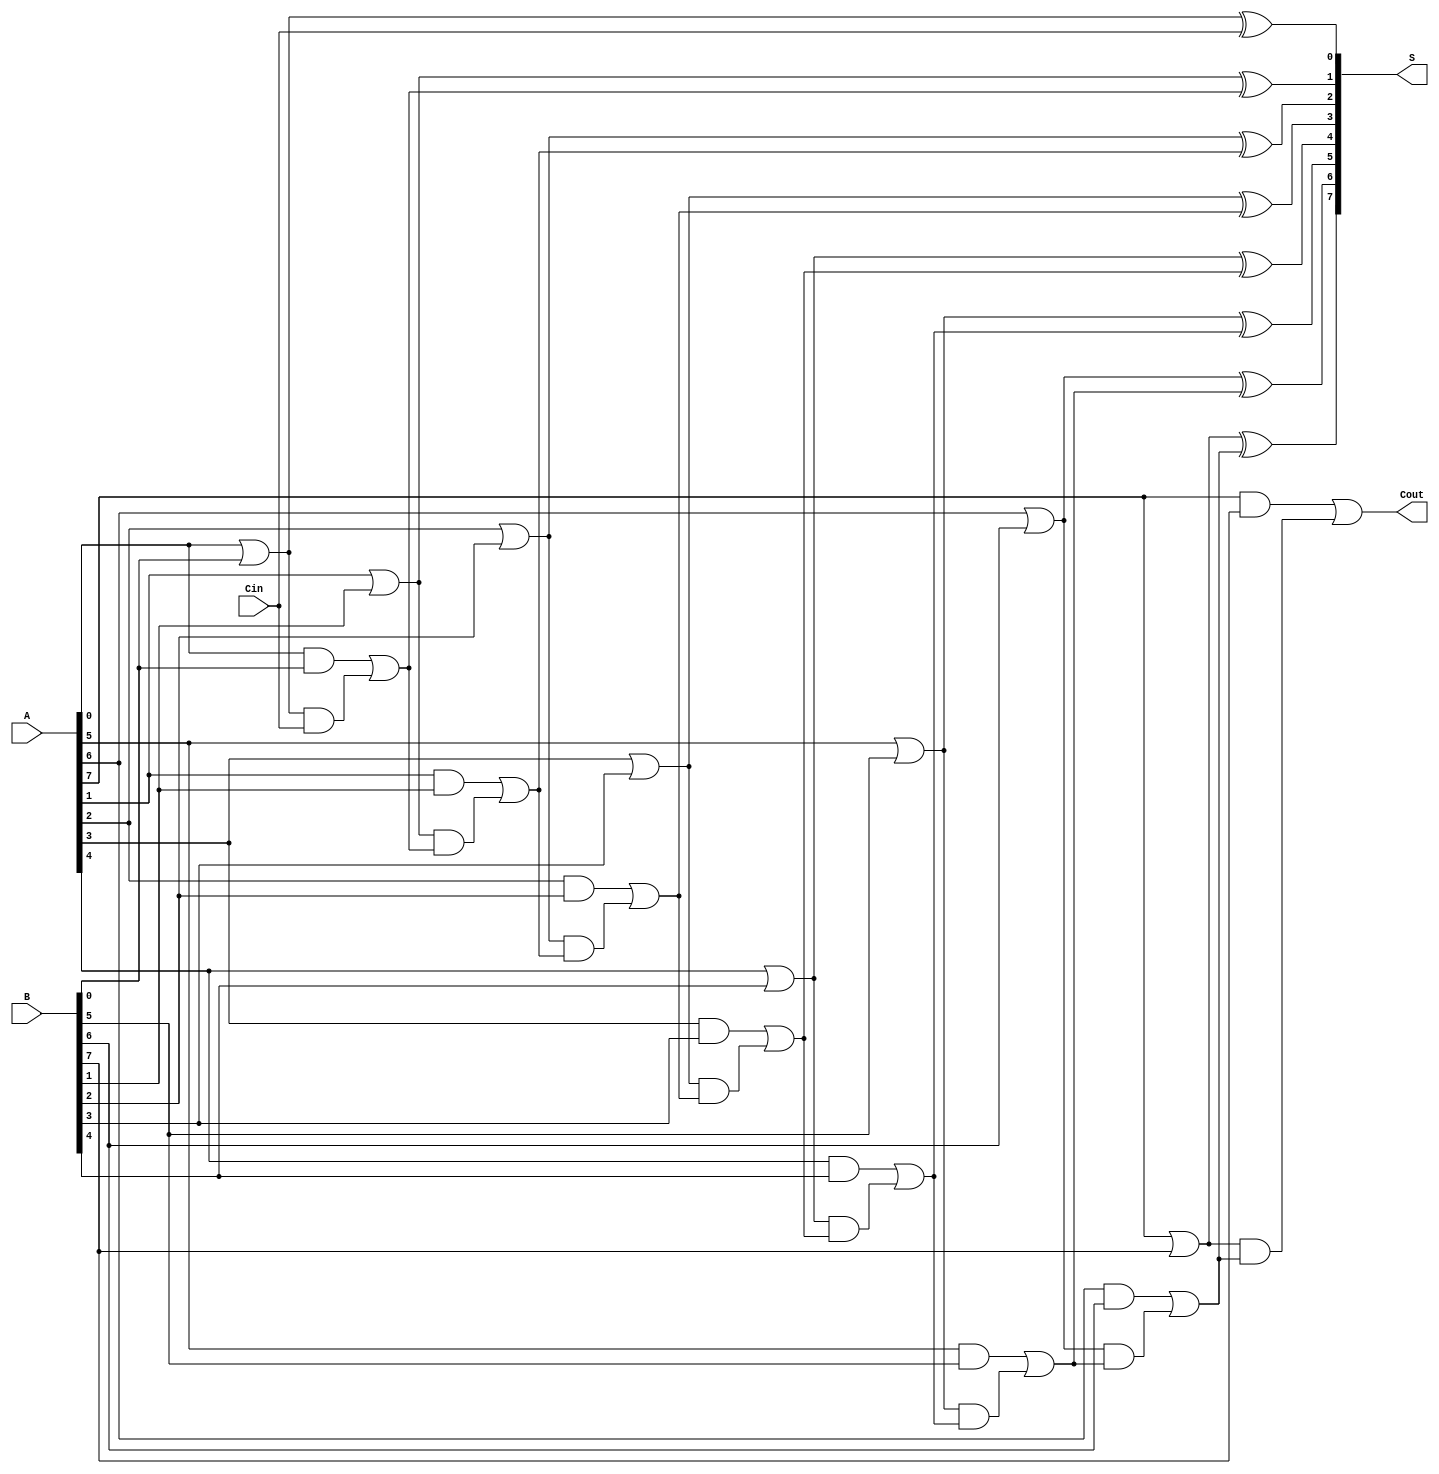
module Parallel_Prefix_Adder #(parameter N = 8) (
    input  wire [N-1:0] A,      // First n-bit input
    input  wire [N-1:0] B,      // Second n-bit input
    input  wire Cin,             // Carry input
    output wire [N-1:0] S,       // Sum output
    output wire Cout             // Carry output
);

    // Generate and Propagate signals
    wire [N-1:0] G; // Generate
    wire [N-1:0] P; // Propagate
    wire [N:0] C;    // Carry signals

    genvar i;
    generate
        for (i = 0; i < N; i = i + 1) begin : gen_prop
            assign G[i] = A[i] & B[i]; // Generate
            assign P[i] = A[i] | B[i]; // Propagate
        end
    endgenerate

    // Carry signals calculation using Kogge-Stone prefix structure
    assign C[0] = Cin; // Initial carry

    generate
        // Level 1
        for (i = 0; i < N; i = i + 1) begin : level1
            if (i == 0) begin
                assign C[i + 1] = G[i] | (P[i] & C[0]);
            end
            else begin
                assign C[i + 1] = G[i] | (P[i] & C[i]);
            end
        end

        // Level 2
        for (i = 0; i < N-1; i = i + 1) begin : level2
            assign C[i + 1 + N] = G[i + 1] | (P[i + 1] & C[i + 1]);
        end
    endgenerate

    // Sum calculation
    generate
        for (i = 0; i < N; i = i + 1) begin : sum_calc
            assign S[i] = P[i] ^ C[i]; // Sum
        end
    endgenerate

    // Final carry out
    assign Cout = C[N];

endmodule